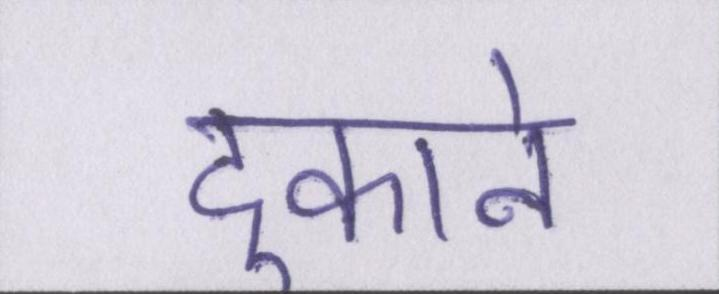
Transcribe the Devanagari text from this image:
दुकाने